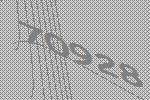
70928